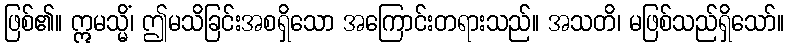
ဖြစ်၏။ ဣမသ္မိံ၊ ဤမသိခြင်းအစရှိသော အကြောင်းတရားသည်။ အသတိ၊ မဖြစ်သည်ရှိသော်။